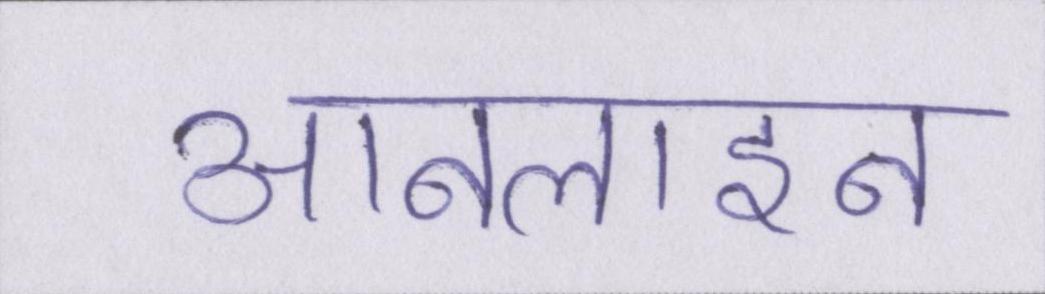
आनलाइन